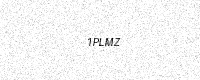
Text: 1PLMZ